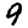
Digit: 9